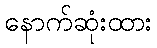
နောက်ဆုံးထား